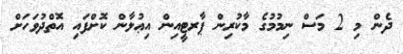
ދެން މި 2 މަސް ނިމުމުގެ މާކުރިން ޕާރޓީއިން އިޢުލާން ކޮށްފައި އޮތްދުވަހަށް